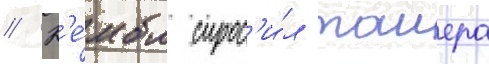
// К'е́мбл спрос'и́л таиера